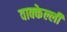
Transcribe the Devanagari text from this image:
वाक्केल्ली